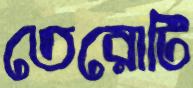
তেরোটি